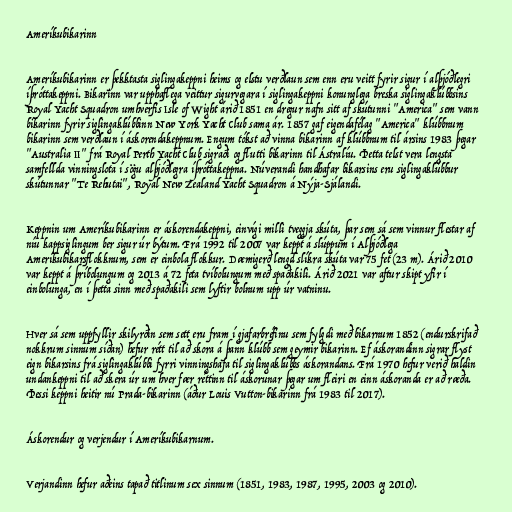
Ameríkubikarinn

Ameríkubikarinn er þekktasta siglingakeppni heims og elstu verðlaun sem enn eru veitt fyrir sigur í alþjóðlegri
íþróttakeppni. Bikarinn var upphaflega veittur sigurvegara í siglingakeppni konunglega breska siglingaklúbbsins
Royal Yacht Squadron umhverfis Isle of Wight árið 1851 en dregur nafn sitt af skútunni "America" sem vann
bikarinn fyrir siglingaklúbbinn New York Yacht Club sama ár. 1857 gaf eigendafélag "America" klúbbnum
bikarinn sem verðlaun í áskorendakeppnum. Engum tókst að vinna bikarinn af klúbbnum til ársins 1983 þegar
"Australia II" frá Royal Perth Yacht Club sigraði og flutti bikarinn til Ástralíu. Þetta telst vera lengsta
samfellda vinningslota í sögu alþjóðlegra íþróttakeppna. Núverandi handhafar bikarsins eru siglingaklúbbur
skútunnar "Te Rehutai", Royal New Zealand Yacht Squadron á Nýja-Sjálandi.

Keppnin um Ameríkubikarinn er áskorendakeppni, einvígi milli tveggja skúta, þar sem sá sem vinnur flestar af
níu kappsiglingum ber sigur úr býtum. Frá 1992 til 2007 var keppt á slúppum í Alþjóðlega
Ameríkubikarsflokknum, sem er einbola flokkur. Dæmigerð lengd slíkra skúta var 75 fet (23 m). Árið 2010
var keppt á þríbolungum og 2013 á 72 feta tvíbolungum með spaðakili. Árið 2021 var aftur skipt yfir í
einbolunga, en í þetta sinn með spaðakili sem lyftir bolnum upp úr vatninu.

Hver sá sem uppfyllir skilyrðin sem sett eru fram í gjafarbréfinu sem fylgdi með bikarnum 1852 (endurskrifað
nokkrum sinnum síðan) hefur rétt til að skora á þann klúbb sem geymir bikarinn. Ef áskorandinn sigrar flyst
eign bikarsins frá siglingaklúbbi fyrri vinningshafa til siglingaklúbbs áskorandans. Frá 1970 hefur verið haldin
undankeppni til að skera úr um hver fær réttinn til áskorunar þegar um fleiri en einn áskoranda er að ræða.
Þessi keppni heitir nú Prada-bikarinn (áður Louis Vutton-bikarinn frá 1983 til 2017).

Áskorendur og verjendur í Ameríkubikarnum.

Verjandinn hefur aðeins tapað titlinum sex sinnum (1851, 1983, 1987, 1995, 2003 og 2010).